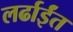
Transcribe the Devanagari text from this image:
लर्ढाईंत